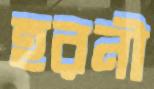
হরনী